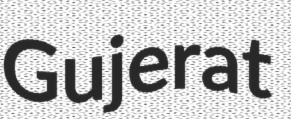
Gujerat